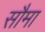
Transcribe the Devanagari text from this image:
सौमा